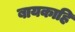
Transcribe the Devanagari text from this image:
बायकाहि